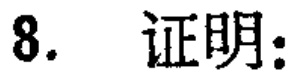
8. 证明：